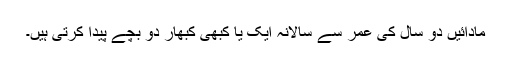
مادائیں دو سال کی عمر سے سالانہ ایک یا کبھی کبھار دو بچے پیدا کرتی ہیں۔